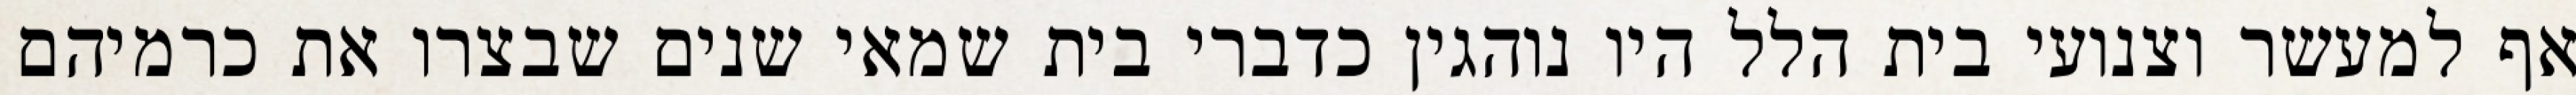
אף למעשר וצנועי בית הלל היו נוהגין כדברי בית שמאי שנים שבצרו את כרמיהם